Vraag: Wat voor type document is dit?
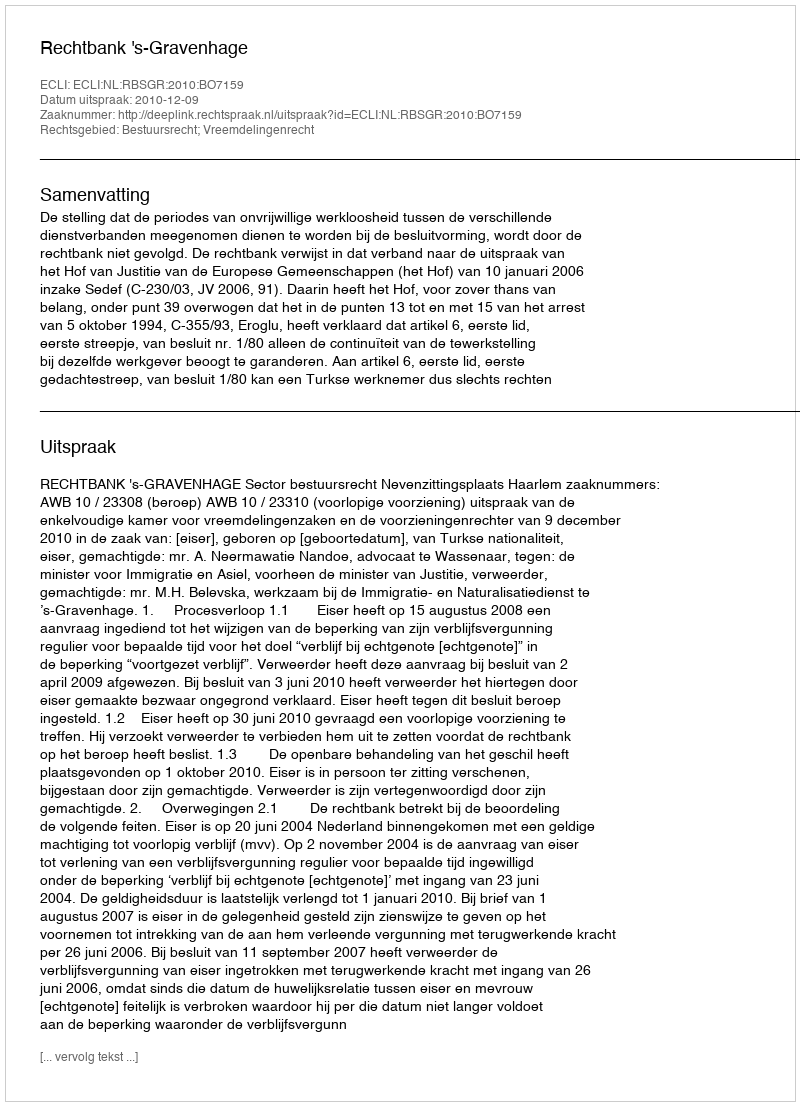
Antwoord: Uitspraak